Report of the Indian Hemp Drugs Commission, 1894-1895 - Volume IV
Year: 1894
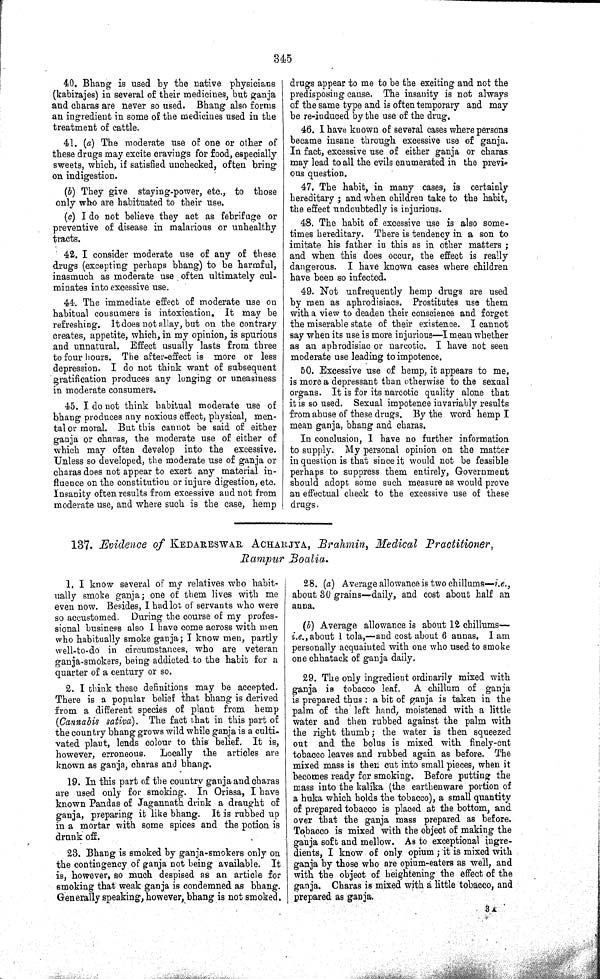
345
40. Bhang is used by the native physicians
(kabirajes) in several of their medicines, but ganja
and charas are never so used. Bhang also forms
an ingredient in some of the medicines used in the
treatment of cattle.
41. (a) The moderate use of one or other of
these drugs may excite cravings for food, especially
sweets, which, if satisfied unchecked, often bring
on indigestion.
(b) They give staying-power, etc., to those
only who are habituated to their use.
(c) I do not believe they act as febrifuge or
preventive of disease in malarious or unhealthy
tracts.
42. I consider moderate use of any of these
drugs (excepting perhaps bhang) to be harmful,
inasmuch as moderate use often ultimately cul-
minates into excessive use.
44. The immediate effect of moderate use on
habitual consumers is intoxication. It may be
refreshing. It does not allay, but on the contrary
creates, appetite, which, in my opinion, is spurious
and unnatural. Effect usually lasts from three
to four hours. The after-effect is more or less
depression. I do not think want of subsequent
gratification produces any longing or uneasiness
in moderate consumers.
45. I do not think habitual moderate use of
bhang produces any noxious effect, physical, men-
tal or moral. But this cannot be said of either
ganja or charas, the moderate use of either of
which may often develop into the excessive.
Unless so developed, the moderate use of ganja or
charas does not appear to exert any material in-
fluence on the constitution or injure digestion, etc.
Insanity often results from excessive and not from
moderate use, and where such is the case, hemp
drugs appear to me to be the exciting and not the
predisposing cause. The insanity is not always
of the same type and is often temporary and may
be re-induced by the use of the drug.
46. I have known of several cases where persons
became insane through excessive use of ganja.
In fact, excessive use of either ganja or charas
may lead to all the evils enumerated in the previ-
ous question.
47. The habit, in many cases, is certainly
hereditary; and when children take to the habit,
the effect undoubtedly is injurious.
48. The habit of excessive use is also some-
times hereditary. There is tendency in a son to
imitate his father in this as in other matters;
and when this does occur, the effect is really
dangerous. I have known cases where children
have been so infected.
49. Not unfrequently hemp drugs are used
by men as aphrodisiacs. Prostitutes use them
with a view to deaden their conscience and forget
the miserable state of their existence. I cannot
say when its use is more injurious—I mean whether
as an aphrodisiac or narcotic. I have not seen
moderate use leading to impotence.
50. Excessive use of hemp, it appears to me,
is more a depressant than otherwise to the sexual
organs. It is for its narcotic quality alone that
it is so used. Sexual impotence invariably results
from abuse of these drugs. By the word hemp I
mean ganja, bhang and charas.
In conclusion, I have no further information
to supply. My personal opinion on the matter
in question is that since it would not be feasible
perhaps to suppress them entirely, Government
should adopt some such measure as would prove
an effectual check to the excessive use of these
drugs.
137. Evidence of KEDARESWAR ACHARJYA, Brahmin, Medical Practitioner,
Rampur Boalia.
1. I know several of my relatives who habit-
ually smoke ganja; one of them lives with me
even now. Besides, I had lot of servants who were
so accustomed. During the course of my profes-
sional business also I have come across with men
who habitually smoke ganja; I know men, partly
well-to-do in circumstances, who are veteran
ganja-smokers, being addicted to the habit for a
quarter of a century or so.
2. I think these definitions may be accepted.
There is a popular belief that bhang is derived
from a different species of plant from hemp
(Cannabis sativa). The fact that in this part of
the country bhang grows wild while ganja is a culti-
vated plant, lends colour to this belief. It is,
however, erroneous. Locally the articles are
known as ganja, charas and bhang.
19. In this part of the country ganja and charas
are used only for smoking. In Orissa, I have
known Pandas of Jagannath drink a draught of
ganja, preparing it like bhang. It is rubbed up
in a mortar with some spices and the potion is
drunk off.
23. Bhang is smoked by ganja-smokers only on
the contingency of ganja not being available. It
is, however, so much despised as an article for
smoking that weak ganja is condemned as bhang.
Generally speaking, however, bhang is not smoked.
28. (a) Average allowance is two chillums—i.e.,
about 30 grains—daily, and cost about half an
anna.
(b) Average allowance is about 12 chillums—
i.e., about 1 tola,—and cost about 6 annas. I am
personally acquainted with one who used to smoke
one chhatack of ganja daily.
29. The only ingredient ordinarily mixed with
ganja is tobacco leaf. A chillum of ganja
is prepared thus: a bit of ganja is taken in the
palm of the left hand, moistened with a little
water and then rubbed against the palm with
the right thumb; the water is then squeezed
out and the bolus is mixed with finely-cut
tobacco leaves and rubbed again as before. The
mixed mass is then cut into small pieces, when it
becomes ready for smoking. Before putting the
mass into the kalika (the earthenware portion of
a huka which holds the tobacco), a small quantity
of prepared tobacco is placed at the bottom, and
over that the ganja mass prepared as before.
Tobacco is mixed with the object of making the
ganja soft and mellow. As to exceptional ingre-
dients, I know of only opium; it is mixed with
ganja by those who are opium-eaters as well, and
with the object of heightening the effect of the
ganja. Charas is mixed with a little tobacco, and
prepared as ganja.
3 A